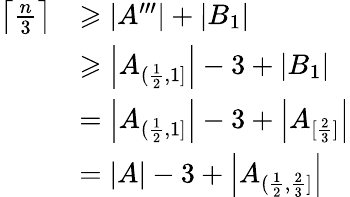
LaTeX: \begin{array}{rl}{\left\lceil\frac{n}{3}\right\rceil}&{\geqslant\left|A^{\prime\prime\prime}\right|+|B_{1}|}\\ &{\geqslant\left|A_{(\frac{1}{2},1]}\right|-3+|B_{1}|}\\ &{=\left|A_{(\frac{1}{2},1]}\right|-3+\left|A_{[\frac{2}{3}]}\right|}\\ &{=|A|-3+\left|A_{(\frac{1}{2},\frac{2}{3}]}\right|}\end{array}